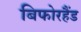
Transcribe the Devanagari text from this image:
बिफोरहैंड